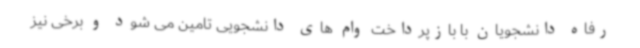
رفاه دانشجویان با بازپرداخت وام های دانشجویی تامین می شود و برخی نیز